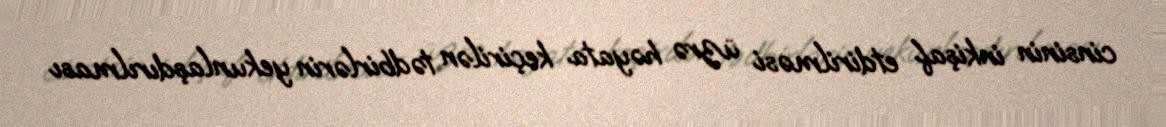
cinsinin inkişaf etdirilməsi üzrə həyata keçirilən tədbirlərin yekunlaşdırılması